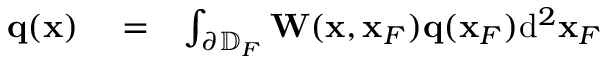
\begin{array} { r l r } { { \bf q } ( { \bf x } ) } & { { } = } & { \int _ { \partial \mathbb { D } _ { F } } { \bf W } ( { \bf x } , { \bf x } _ { F } ) { \bf q } ( { \bf x } _ { F } ) \mathrm { d } ^ { 2 } { \bf x } _ { F } } \end{array}